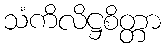
သံကိလိဋ္ဌစိတ္တာ